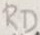
Text: RD